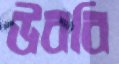
উববি